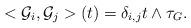
LaTeX: \begin{align*}<\mathcal{G}_i,\mathcal{G}_j>(t)=\delta_{i,j}t\wedge \tau_G.\end{align*}